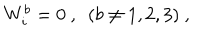
LaTeX: W _ { i } ^ { b } = 0 \ , \ \ ( b \ne 1 , 2 , 3 ) \ ,